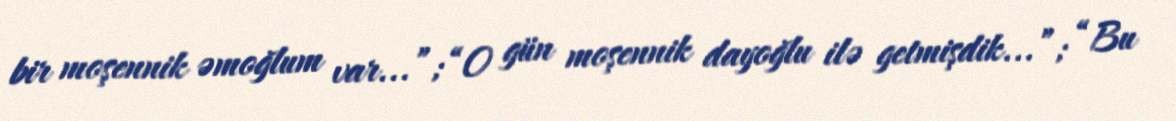
bir moşennik əmoğlum var...”; “O gün moşennik dayoğlu ilə getmişdik...”; “Bu